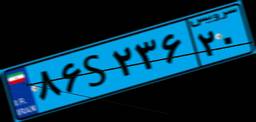
۴۵S۵۰۵۱۶